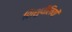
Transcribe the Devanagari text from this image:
शिशुथैलियों